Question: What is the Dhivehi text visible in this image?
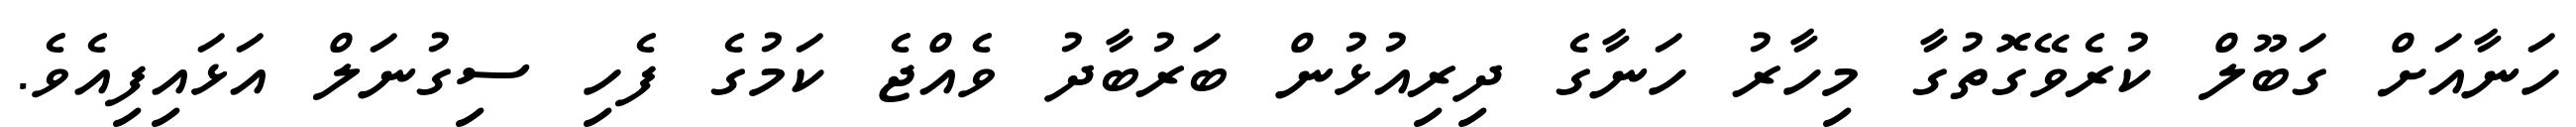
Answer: ހަނާއަށް ގަބޫލް ކުރެވޭގޮތުގާ މިހާރު ހަނާގެ ދިރިއުޅުން ބަރުބާދު ވެއްޖެ ކަމުގެ ފެހި ސިގުނަލް އަޅައިފިއެވެ.